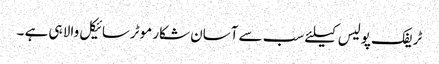
ٹریفک پولیس کیلئے سب سے آسان شکار موٹرسائیکل والا ہی ہے ۔